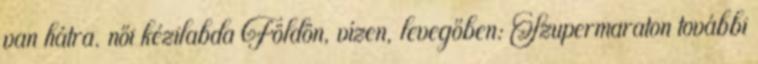
van hátra. női kézilabda Földön, vízen, levegőben: Szupermaraton további